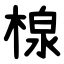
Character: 楾